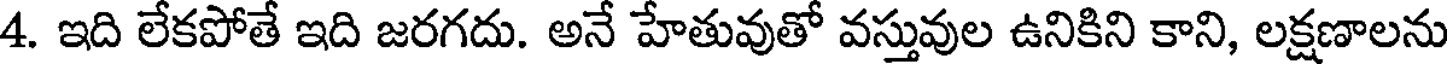
4. ఇది లేకపోతే ఇది జరగదు. అనే హేతువుతో వస్తువుల ఉనికిని కాని, లక్షణాలను